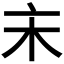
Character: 𠅅